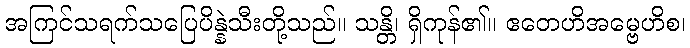
အကြင်သရက်သပြေပိန္နဲသီးတို့သည်။ သန္တိ၊ ရှိကုန်၏။ ဧတေဟိအမ္ဗေဟိစ၊